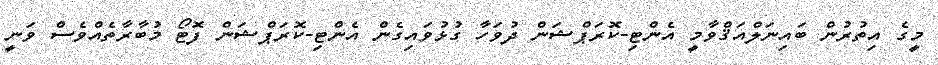
މީގެ އިތުރުން ބައިނަލްއަޤްވާމީ އެންޓި-ކޮރަޕްޝަން ދުވަހާ ގުޅުވައިގެން އެންޓި-ކޮރަޕްޝަން ފޮޓޯ މުބާރާތެއްވެސް ވަނީ